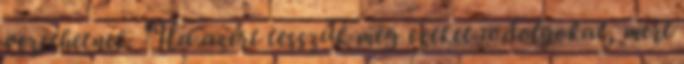
vezethetnek. "Ha azért tesszük meg ezeket a dolgokat, mert